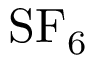
\mathrm { S F _ { 6 } }